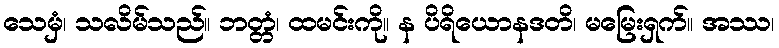
သေမှံ၊ သလိမ်သည်။ ဘတ္တံ၊ ထမင်းကို။ န ပိရိယောနဒတိ၊ မမြေးရှက်။ အဿ၊